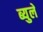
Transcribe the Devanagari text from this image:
ब्युले